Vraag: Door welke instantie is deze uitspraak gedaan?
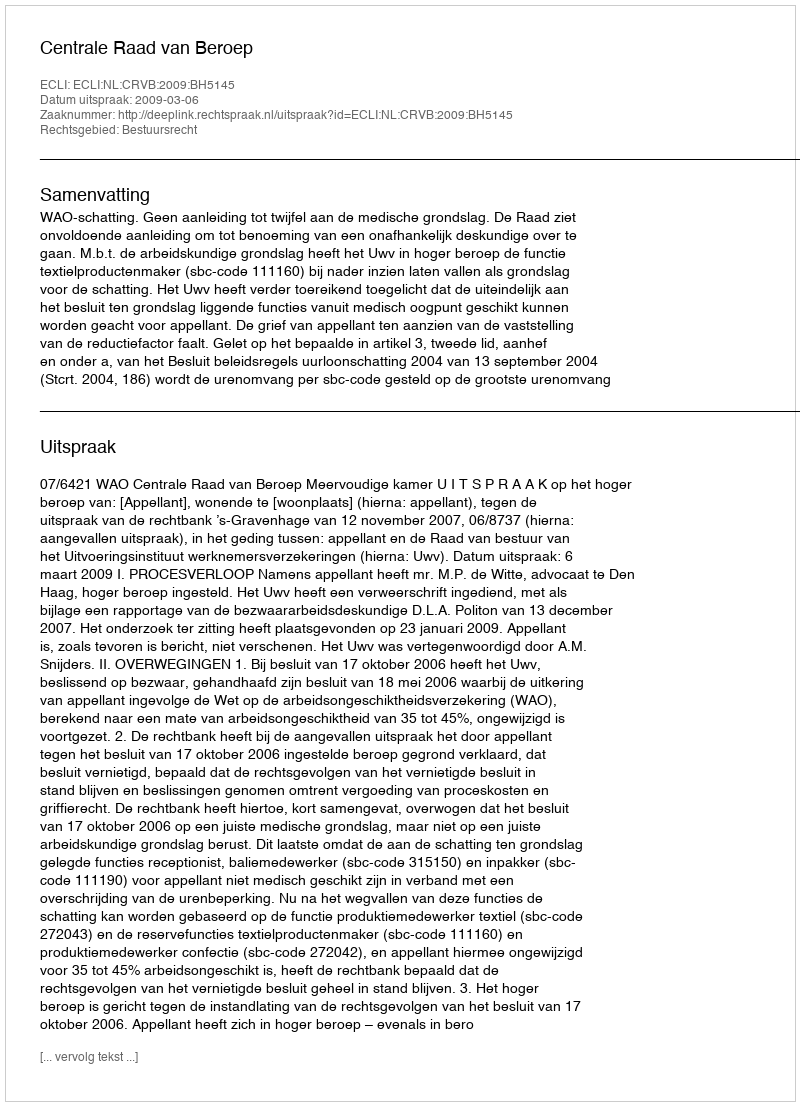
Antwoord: Centrale Raad van Beroep